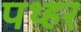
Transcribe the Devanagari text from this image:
पथ्हर